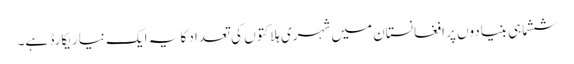
ششماہی بنیادوں پر افغانستان میں شہری ہلاکتوں کی تعداد کا یہ ایک نیا ریکارڈ ہے۔